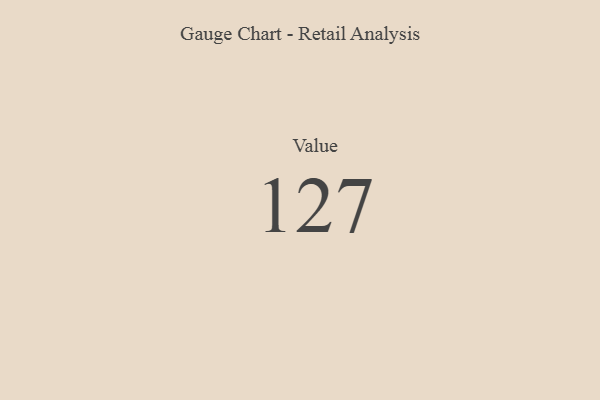
{"axis": {"x": "Metric", "y": "Value"}, "legend": [""], "data": [{"x": "Value", "y": 127, "type": ""}]}